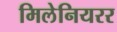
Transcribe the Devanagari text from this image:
मिलेनियरर